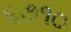
૬૭૧૦